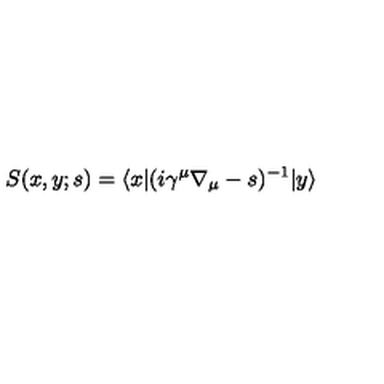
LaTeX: S ( x , y ; s ) = \langle x | ( i \gamma ^ { \mu } \nabla _ { \mu } - s ) ^ { - 1 } | y \rangle